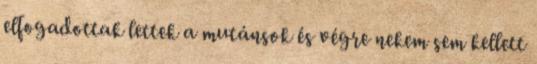
elfogadottak lettek a mutánsok és végre nekem sem kellett